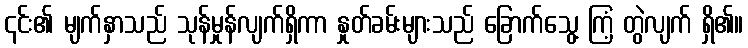
၎င်း၏ မျက်နှာသည် သုန်မှုန်လျက်ရှိကာ နှုတ်ခမ်းများသည် ခြောက်သွေ့ ကြံ့ တွဲလျက် ရှိ၏။